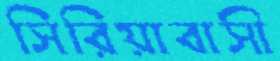
সিরিয়াবাসী